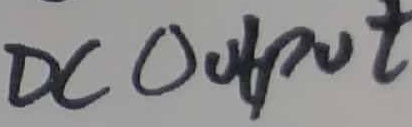
Text: DCOUTPUT